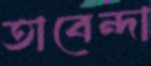
তাবেন্দা